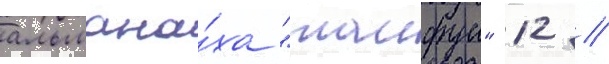
альмана́ха "таифун" 12 //